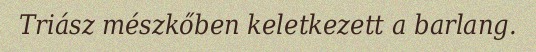
Triász mészkőben keletkezett a barlang.